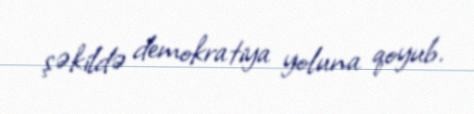
şəkildə demokratiya yoluna qoyub.